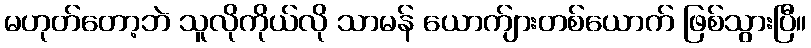
မဟုတ်တော့ဘဲ သူလိုကိုယ်လို သာမန် ယောက်ျားတစ်ယောက် ဖြစ်သွားပြီ။